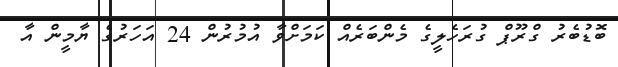
ބޮޑުބެރު ގްރޫޕް ގުރަހެލީގެ މެންބަރެއް ކަމަށްވާ އުމުރުން 24 އަހަރުގެ ޔާމީން އާ